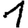
Digit: 1